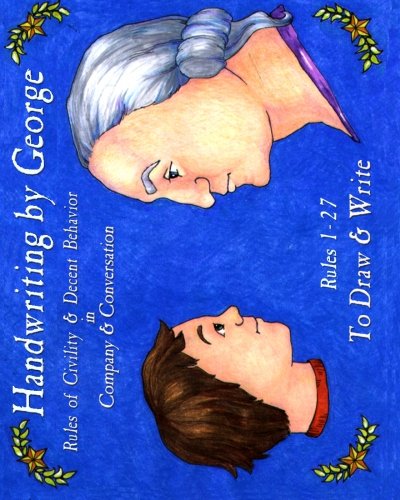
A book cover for Handwriting by George, Vol. 1; Cyndy Shearer; Reference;